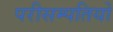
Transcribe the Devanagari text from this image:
परीसम्पतियों